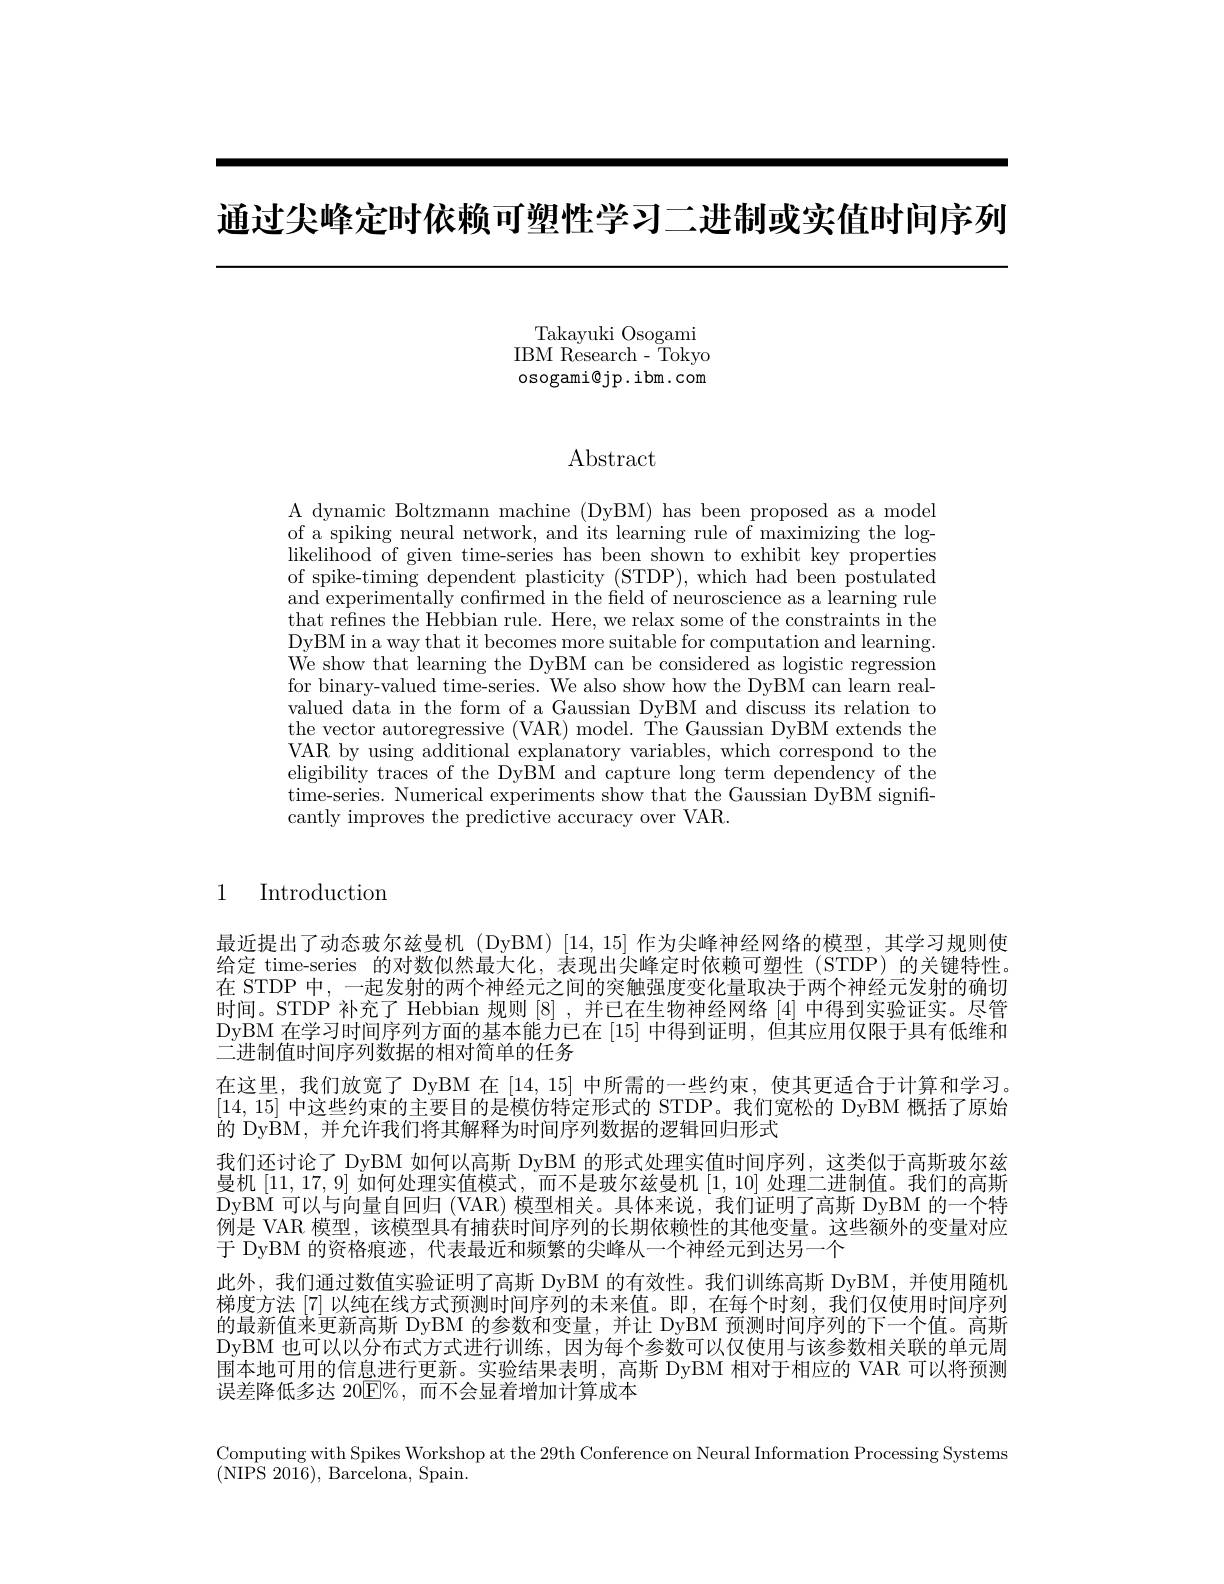
通过尖峰定时依赖可塑性学习二进制或实值时间序列

Takayuki Osogami IBM Research - $\bar{\mathrm{Tokyo}}$ osogami@jp.ibm.com

# $\operatorname{Abstract}$

A dynamic Boltzmann machine (DyBM) has been proposed as a model of a spiking neural network, and its learning rule of maximizing the loglikelihood of given time-series has been shown to exhibit key properties of spike-timing dependent plasticity (STDP), which had been postulated and experimentally confrmed in the field of neuroscience as a learning rule that refines the Hebbian rule. Here, we relax some of the constraints in the DyBM in a way that it becomes more suitable for computation and learning. We show that learning the DyBM can be considered as logistic regression for binary-valued time-series. We also show how the DyBM can learn realvalued data in the form of a Gaussian DyBM and discuss its relation to the vector autoregressive (VAR) model. The Gaussian DyBM extends the VAR by using additional explanatory variables, which correspond to the eligibility traces of the DyBM and capture long term dependency of the time-series. Numerical experiments show that the Gaussian DyBM significantly improves the predictive accuracy over VAR.

1 Introduction

最近提出了动态玻尔兹曼机 (DyBM)[14,15] 作为尖峰神经网络的模型，其学习规则使给定 time-series 的对数似然最大化，表现出尖峰定时依赖可塑性(STDP)的关键特性。在 STDP 中，一起发射的两个神经元之间的突触强度变化量取决于两个神经元发射的确切时间。STDP 补充了 Hebbian 规则[8] ,并已在生物神经网络[4]中得到实验证实。尽管DyBM 在学习时间序列方面的基本能力已在[15]中得到证明，但其应用仅限于具有低维和二进制值时间序列数据的相对简单的任务
在这里，我们放宽了 DyBM 在[14,15]中所需的一些约束，使其更适合于计算和学习。[14,15]中这些约束的主要目的是模仿特定形式的 STDP。我们宽松的 DyBM 概括了原始的 DyBM, 并允许我们将其解释为时间序列数据的逻辑回归形式
我们还讨论了 DyBM 如何以高斯 DyBM 的形式处理实值时间序列，这类似于高斯玻尔兹曼机[11,17,9]如何处理实值模式，而不是玻尔兹曼机[1,10]处理二进制值。我们的高斯DyBM 可以与向量自回归 (VAR) 模型相关。具体来说，我们证明了高斯 DyBM 的一个特例是 VAR 模型，该模型具有捕获时间序列的长期依赖性的其他变量。这些额外的变量对应于 DyBM 的资格痕迹，代表最近和频繁的尖峰从一个神经元到达另一个
此外，我们通过数值实验证明了高斯 DyBM 的有效性。我们训练高斯 DyBM,并使用随机梯度方法 [7] 以纯在线方式预测时间序列的未来值。即，在每个时刻，我们仅使用时间序列的最新值来更新高斯 DyBM 的参数和变量，并让 DyBM 预测时间序列的下一个值。高斯DyBM 也可以以分布式方式进行训练，因为每个参数可以仅使用与该参数相关联的单元周围本地可用的信息进行更新。实验结果表明，高斯 DyBM 相对于相应的 VAR 可以将预测误差降低多达 20$\mathbb{E}\%$,而不会显着增加计算成本

Computing with Spikes Workshop at the 29th Conference on Neural Information Processing Systems
(NIPS 2016), Barcelona, Spain.